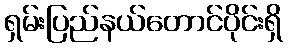
ရှမ်းပြည်နယ်တောင်ပိုင်းရှိ